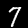
Label: 7